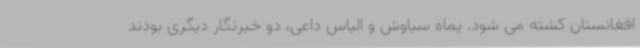
افغانستان کشته می شود. یماه سیاوش و الیاس داعی، دو خبرنگار دیگری بودند